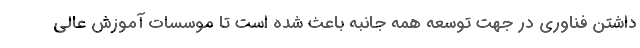
داشتن فناوری در جهت توسعه همه جانبه باعث شده است تا موسسات آموزش عالی